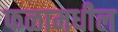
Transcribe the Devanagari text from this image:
फळामधील